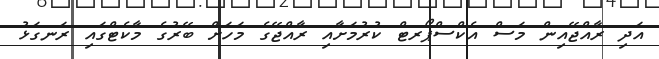
އަދި ރާއްޖޭއިން މަސް އެކްސްޕޯރޓް ކުރުމަށާއި ރާއްޖޭގެ މަހަށް ބޭރުގެ މާކެޓްގައި ރަނގަޅު